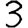
Digit: 3